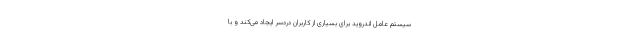
سیستم عامل اندروید برای بسیاری از کاربران دردسر ایجاد می‌کند و با